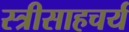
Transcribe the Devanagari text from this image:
स्त्रीसाहचर्य